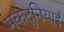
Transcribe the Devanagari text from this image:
मकदुनियाई